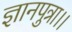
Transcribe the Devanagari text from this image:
ज्ञानपुत्रा।।